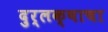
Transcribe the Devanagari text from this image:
दुर्लक्षाचा